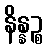
နိန္နဉ္စ